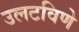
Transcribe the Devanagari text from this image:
उलटविणे